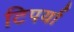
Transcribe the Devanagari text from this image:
टिपर्या